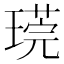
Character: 𪼒